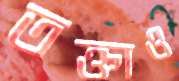
তক্তাও